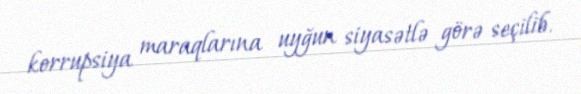
korrupsiya maraqlarına uyğun siyasətlə görə seçilib.